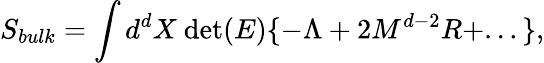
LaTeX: S_{bulk}=\int d^{d}X~\mathrm{det}(E)\{ -\Lambda+2M^{d-2}R+...\} ,